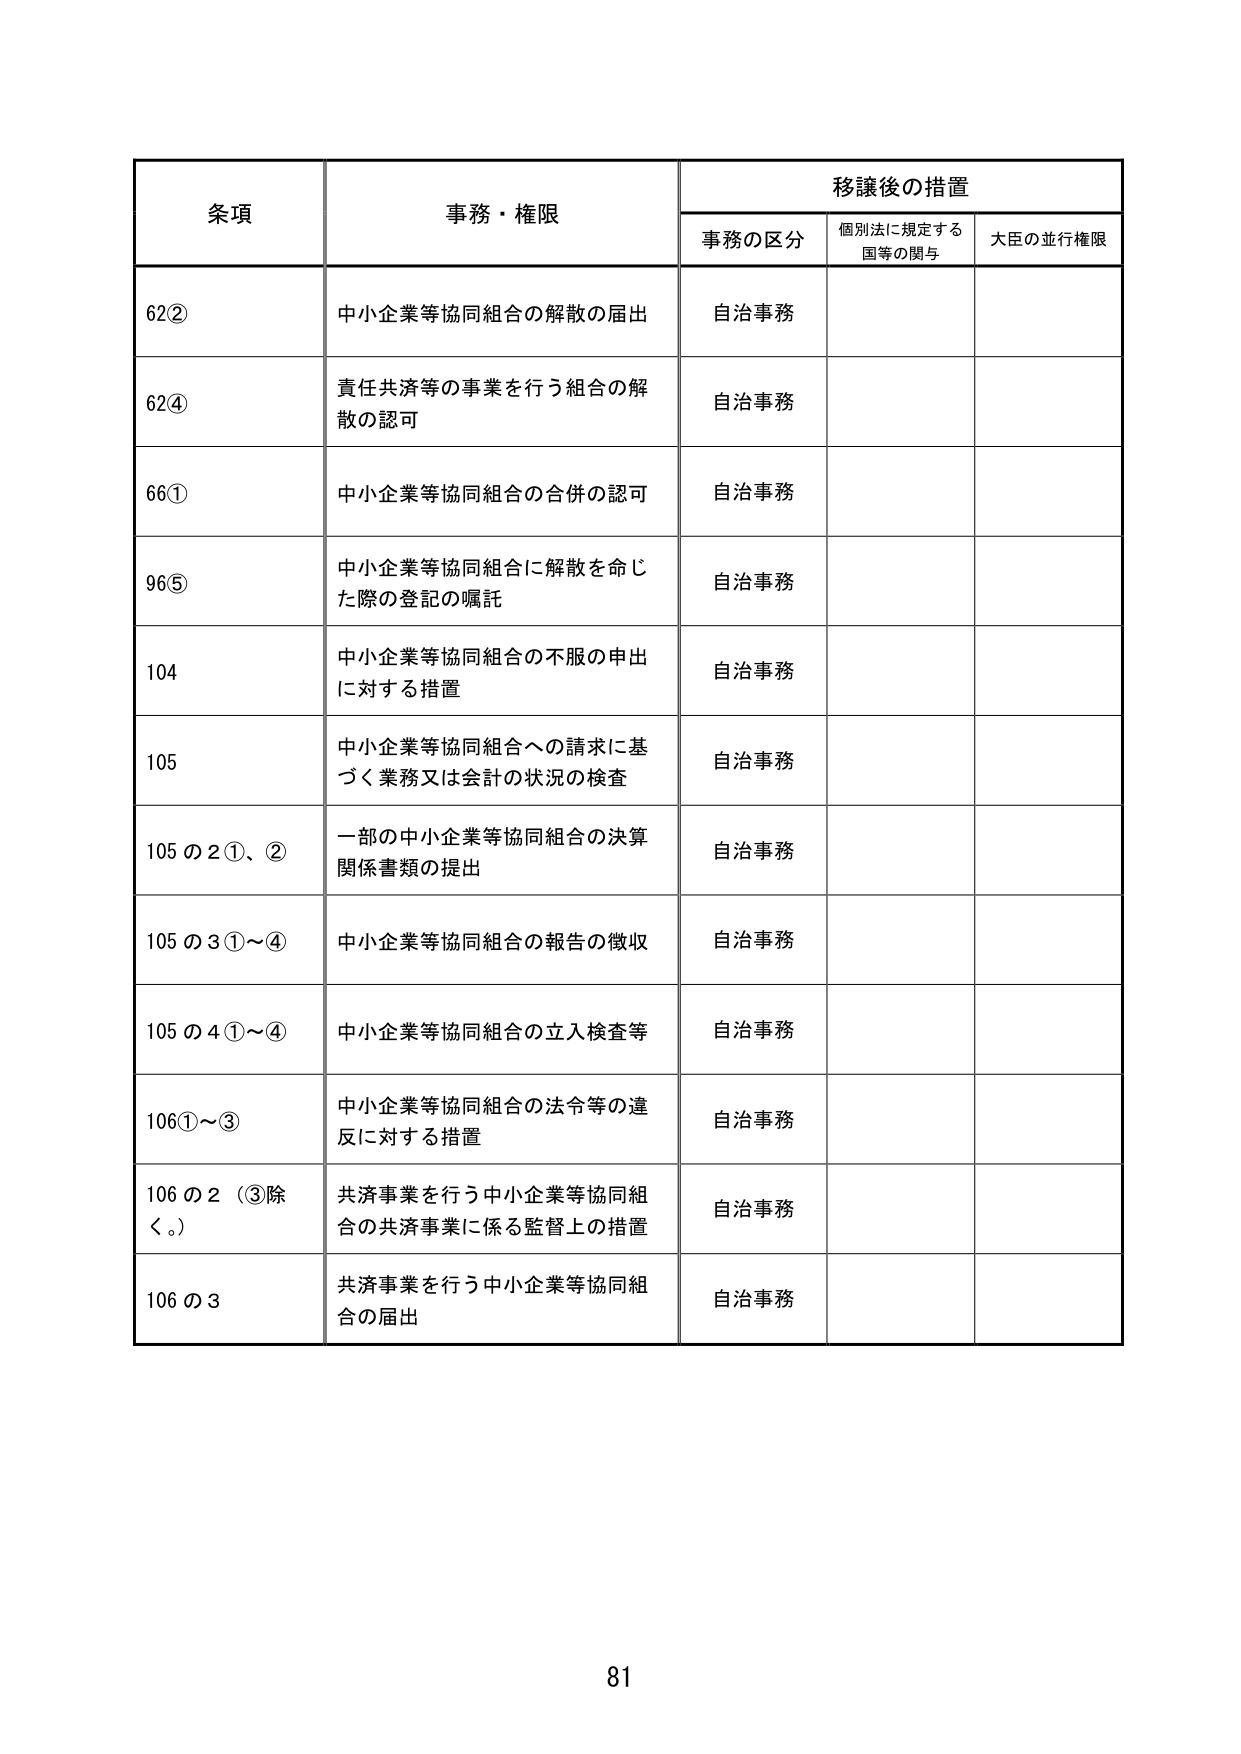
条項 事務・権限 移譲後の措置
事務の区分 個別法に規定する国等の関与 大臣の並行権限
62② 中小企業等協同組合の解散の届出 自治事務
62④ 責任共済等の事業を行う組合の解散の認可 自治事務
66① 中小企業等協同組合の合併の認可 自治事務
96⑤ 中小企業等協同組合に解散を命じた際の登記の嘱託 自治事務
104 中小企業等協同組合の不服の申出に対する措置 自治事務
105 中小企業等協同組合への請求に基づく業務又は会計の状況の検査 自治事務
105の2①、② 一部の中小企業等協同組合の決算関係書類の提出 自治事務
105の3①～④ 中小企業等協同組合の報告の徴収 自治事務
105の4①～④ 中小企業等協同組合の立入検査等 自治事務
106①～③ 中小企業等協同組合の法令等の違反に対する措置 自治事務
106の2（③除く。） 共済事業を行う中小企業等協同組合の共済事業に係る監督上の措置 自治事務
106の3 共済事業を行う中小企業等協同組合の届出 自治事務
81